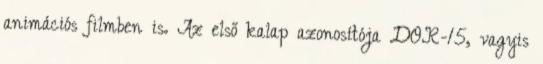
animációs filmben is. Az első kalap azonosítója DOR-15, vagyis